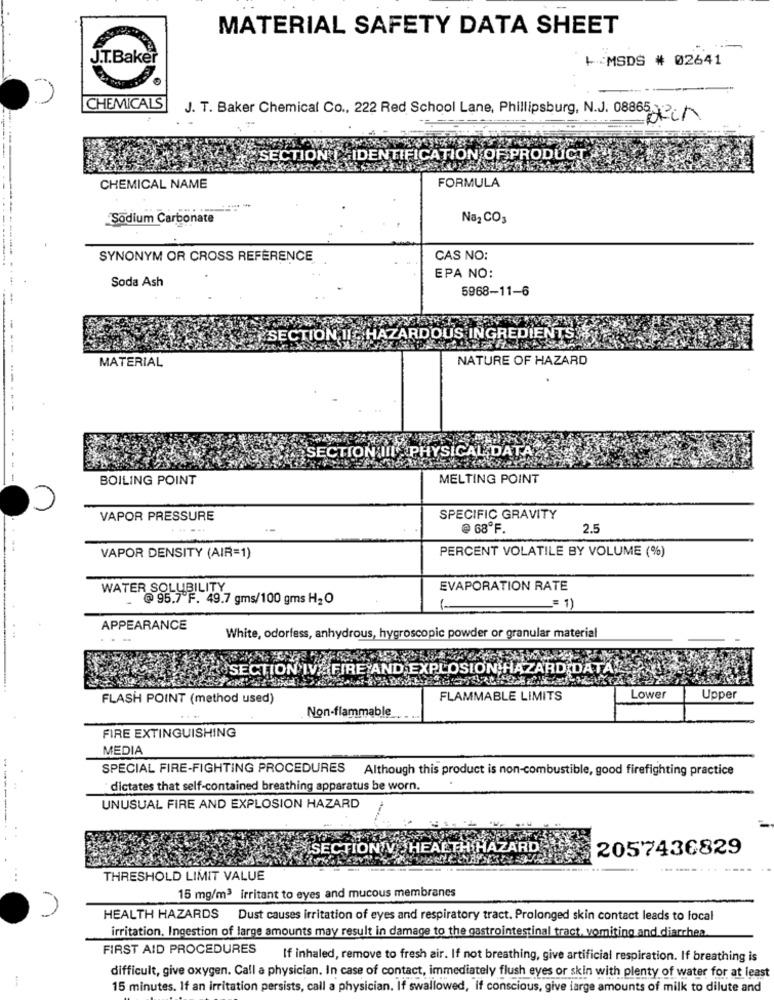
MATERIAL SAFETY DATA SHEET
-
J.T.Baker
+ MSDS # 02641
CHEMICALS
J. T. Baker Chemical Co ., 222 Red School Lane, Phillipsburg, N.J. 08865
SECTION | IDENTIFICATION OF PRODUCT'
CHEMICAL NAME
FORMULA
Sodium Carbonate
Na2 CO3
SYNONYM OR CROSS REFERENCE
CAS NO:
---------- --
Soda Ash
EPA NO:
5968-11-6
SECTION II HAZARDOUS INGREDIENTS
MATERIAL
NATURE OF HAZARD
------
SECTION III PHYSICAL DATA
---
BOILING POINT
MELTING POINT
VAPOR PRESSURE
SPECIFIC GRAVITY
@ 68ºF.
2.5
PERCENT VOLATILE BY VOLUME (%)
VAPOR DENSITY (AIR=1)
WATER SOLUBILITY
EVAPORATION RATE
-
@ 95.7 F. 49.7 gms/100 gms H2 O
1-
_= 1)
APPEARANCE
White, odorfess, anhydrous, hygroscopic powder or granular material
K SECTION IV .: FIRE AND EXPLOSION HAZARD DATA!
FLASH POINT (method used)
FLAMMABLE LIMITS
Lower
Upper
Non-flammable
FIRE EXTINGUISHING
MEDIA
SPECIAL FIRE-FIGHTING PROCEDURES Although this product is non-combustible, good firefighting practice
dictates that self-contained breathing apparatus be worn.
UNUSUAL FIRE AND EXPLOSION HAZARD
SECTION V JHEALTH HAZARD
2057436829
...
THRESHOLD LIMIT VALUE
15 mg/m3 irritant to eyes and mucous membranes
HEALTH HAZARDS Dust causes irritation of eyes and respiratory tract. Prolonged skin contact leads to local
irritation, Ingestion of large amounts may result in damage to the gastrointestinal tract, vomiting and diarrhea.
FIRST AID PROCEDURES
If inhaled, remove to fresh air. If not breathing, give artificial respiration. If breathing is
difficult, give oxygen. Call a physician. In case of contact, immediately flush eyes or skin with plenty of water for at least
15 minutes. If an irritation persists, call a physician. If swallowed, if conscious, give large amounts of milk to dilute and